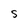
Character: S